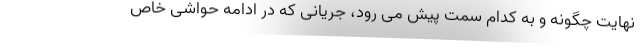
نهایت چگونه و به کدام سمت پیش می رود، جریانی که در ادامه حواشی خاص